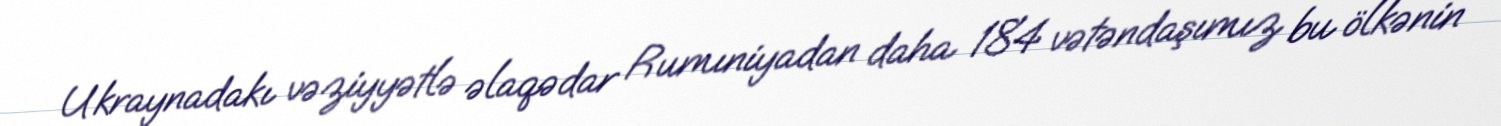
Ukraynadakı vəziyyətlə əlaqədar Rumıniyadan daha 184 vətəndaşımız bu ölkənin